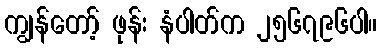
ကျွန်တော့် ဖုန်း နံပါတ်က ၂၅၆၇၉၆ပါ။